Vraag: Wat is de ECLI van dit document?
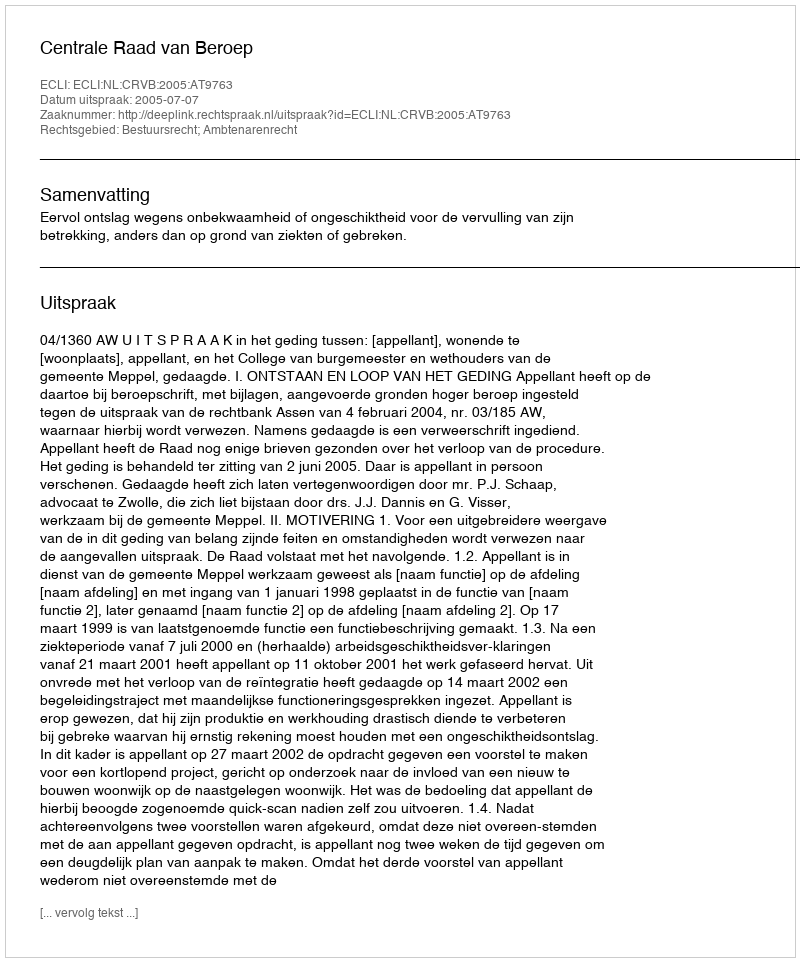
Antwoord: ECLI:NL:CRVB:2005:AT9763